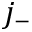
j _ { - }